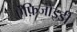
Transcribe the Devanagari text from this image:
ऐंफ़िजोइडी